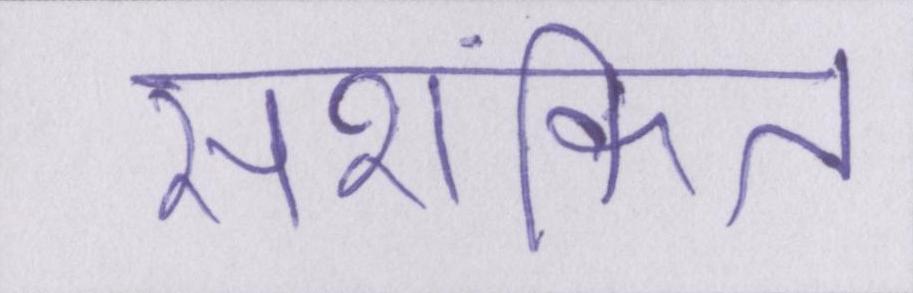
सशंकित